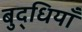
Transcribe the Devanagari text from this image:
बुद्धियाँ